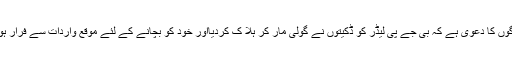
دو لوگوں کا دعوی ہے کہ بی جے پی لیڈر کو ڈکیتوں نے گولی مار کر ہلا ک کردیااور خود کو بچانے کے لئے موقع واردات سے فرار ہوگئے۔